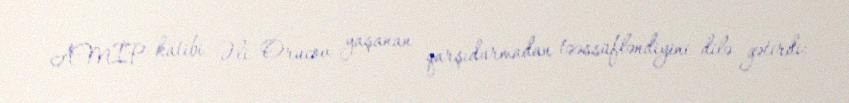
AMİP katibi Əli Orucov yaşanan qarşıdurmadan təəssüfləndiyini dilə gətirdi: